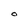
Character: O